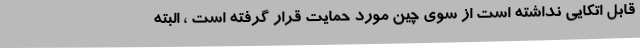
قابل اتکایی نداشته است از سوی چین مورد حمایت قرار گرفته است ، البته